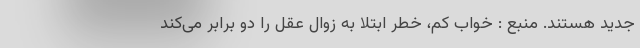
جدید هستند. منبع : خواب کم، خطر ابتلا به زوال عقل را دو برابر می‌کند